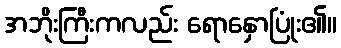
အဘိုးကြီးကလည်း ရောနှောပြုံး၏။